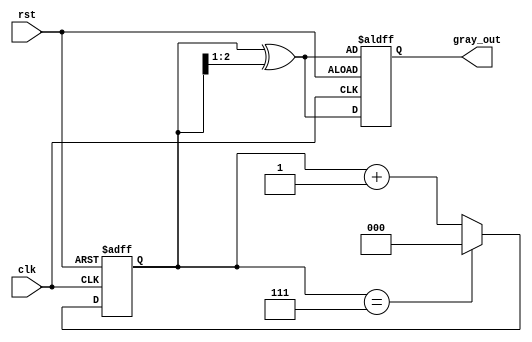
module gray_code_counter (
    input wire clk,      // Clock input
    input wire rst,      // Asynchronous reset
    output reg [2:0] gray_out // 3-bit Gray code output
);

    reg [2:0] binary_count; // 3-bit binary counter

    // Convert binary to Gray code
    function [2:0] binary_to_gray;
        input [2:0] binary;
        begin
            binary_to_gray = binary ^ (binary >> 1);
        end
    endfunction

    always @(posedge clk or posedge rst) begin
        if (rst) begin
            // Reset counter to 0
            binary_count <= 3'b000; 
            gray_out <= binary_to_gray(binary_count);
        end else begin
            // Increment binary counter
            binary_count <= binary_count + 1'b1;
            // Wrap around
            if (binary_count == 3'b111) begin
                binary_count <= 3'b000; // Wrap around condition
            end
            // Update Gray code output
            gray_out <= binary_to_gray(binary_count);
        end
    end

endmodule